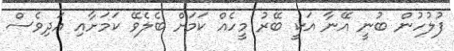
ފުލުހުން ބުނީ އޭނާ އަކީ ބޭރު މީހެއް ކަމަށް ބެލެވޭ ކަމަށާއި އަދިވެސް